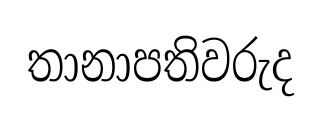
තානාපතිවරුද